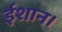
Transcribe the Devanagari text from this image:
ईशान।